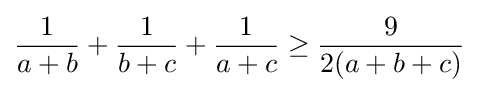
{\frac {1}{a+b}}+{\frac {1}{b+c}}+{\frac {1}{a+c}}\geq {\frac {9}{2(a+b+c)}}